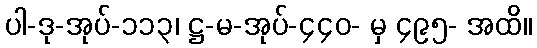
ပါ-ဒု-အုပ်-၁၁၃၊ ဋ္ဌ-မ-အုပ်-၄၄၀- မှ ၄၉၅- အထိ။